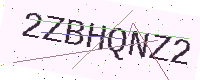
Text: 2ZBHQNZ2